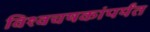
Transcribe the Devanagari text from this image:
विश्वचषकांपर्यंत